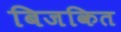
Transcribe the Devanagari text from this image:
बिजकित